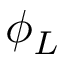
\phi _ { L }